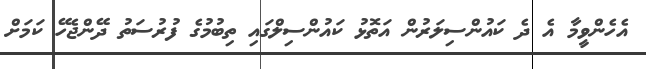
އެހެންވީމާ އެ ދެ ކައުންސިލަރުން އަތޮޅު ކައުންސިލްގައި ތިބުމުގެ ފުރުސަތު ދޭންޖެހޭ ކަމަށް